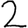
Digit: 2